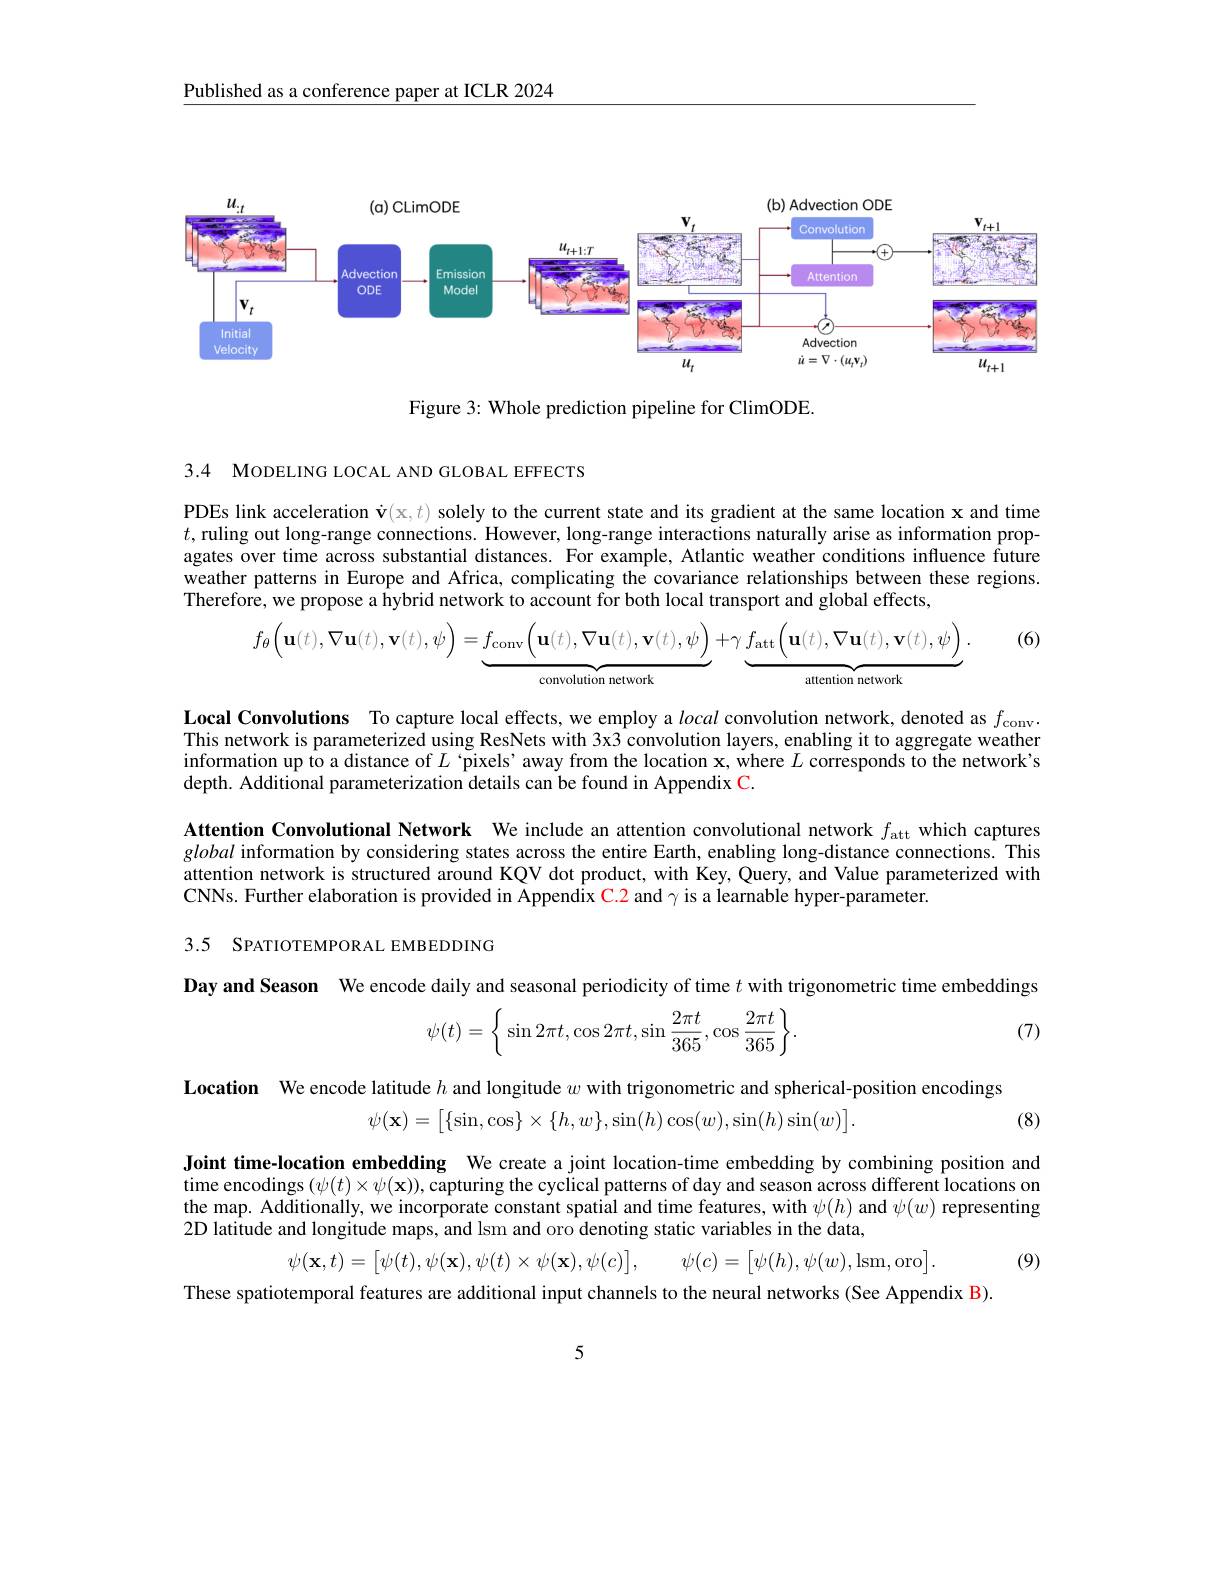
Published as a conference paper at ICLR 2024

<FigureHere>

Figure 3: Whole prediction pipeline for ClimODE.

3.4 MODELING LOCAL AND GLOBAL EFFECTS

PDEs link acceleration $\dot{\mathbf{v} } ($x$, t)$ solely to the current state and its gradient at the same location x and time $t$,ruling out long-range connections. However, long-range interactions naturally arise as information propagates over time across substantial distances. For example, Atlantic weather conditions influence future weather patterns in Europe and Africa, complicating the covariance relationships between these regions. Therefore, we propose a hybrid network to account for both local transport and global effects,

(6)
$$f_{\theta}\Big(\mathbf{u}(t),\nabla\mathbf{u}(t),\mathbf{v}(t),\psi\Big)=f_{\mathrm{conv}}\Big(\mathbf{u}(t),\nabla\mathbf{u}(t),\mathbf{v}(t),\psi\Big)+\gamma\underbrace{f_{\mathrm{att}}\Big(\mathbf{u}(t),\nabla\mathbf{u}(t),\mathbf{v}(t),\psi\Big)}_{\text{convolution network}}.$$
Local Convolutions To capture local effects, we employ a local convolution network, denoted as $f_\mathrm{conv}.$ This network is parameterized using ResNets with 3x3 convolution layers, enabling it to aggregate weather information up to a distance of $L$ ‘pixels'away from the location x, where $L$ corresponds to the network's depth. Additional parameterization details can be found in Appendix C.

Attention Convolutional Network We include an attention convolutional network $f_\mathrm{att}$ which captures global information by considering states across the entire Earth, enabling long-distance connections. This attention network is structured around KQV dot product, with Key, Query, and Value parameterized with CNNs. Further elaboration is provided in Appendix C.2 and $\gamma$ is a learnable hyper-parameter.

3.5 SPATIOTEMPORAL EMBEDDING

Day and Season We encode daily and seasonal periodicity of time $t$ with trigonometric time embeddings
$$\psi(t)=\bigg\{\sin2\pi t,\cos2\pi t,\sin\frac{2\pi t}{365},\cos\frac{2\pi t}{365}\bigg\}.$$
(7)

Location We encode latitude $h$ and longitude $w$ with trigonometric and spherical-position encodings
$$\psi(\mathbf{x})=\begin{bmatrix}\{\sin,\cos\}\times\{h,w\},\sin(h)\cos(w),\sin(h)\sin(w)\end{bmatrix}.$$
(8)

Joint time-location embedding We create a joint location-time embedding by combining position and time encodings $(\psi(t)\times\psi(\mathbf{x}))$, capturing the cyclical patterns of day and season across different locations on the map. Additionally, we incorporate constant spatial and time features, with $\psi(h)$ and $\psi(w)$ representing 2D latitude and longitude maps, and lsm and oro denoting static variables in the data,

$\psi ( \mathbf{x} , t) = \begin{bmatrix} \psi ( t) , \psi ( \mathbf{x} ) , \psi ( t) \times \psi ( \mathbf{x} ) , \psi ( c) \end{bmatrix} $, $\psi ( c) = \begin{bmatrix} \psi ( h) , \psi ( w) , \mathrm{lsm, oro}\end{bmatrix} .$

(9)

These spatiotemporal features are additional input channels to the neural networks (See Appendix B).

5